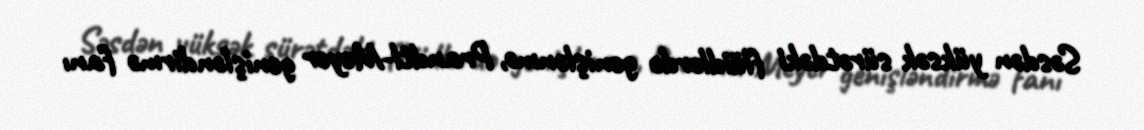
Səsdən yüksək sürətdəki flüidlərdə genişlənmə, Prandtl-Meyer genişləndirmə fanı